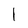
Character: l